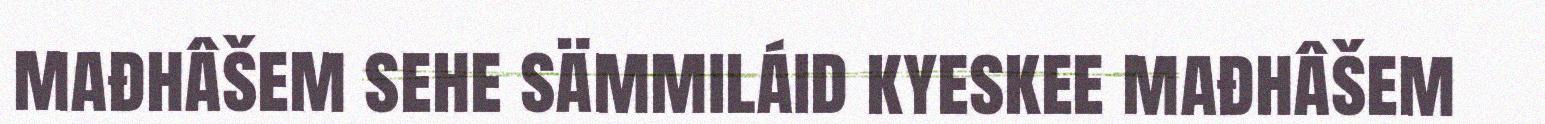
mađhâšem sehe sämmiláid kyeskee mađhâšem